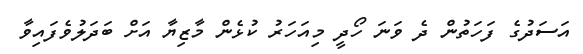
އަސަދުގެ ފަހަތުން ދެ ވަނަ ހޯދީ މިއަހަރު ކުޅެން މާޒިޔާ އަށް ބަދަލުވެފައިވާ